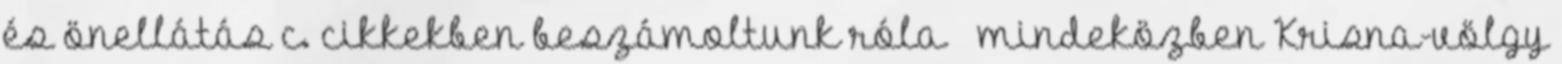
és önellátás c. cikkekben beszámoltunk róla – mindeközben Krisna-völgy